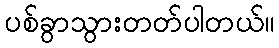
ပစ်ခွာသွားတတ်ပါတယ်။